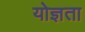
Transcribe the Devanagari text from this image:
योज्ञता